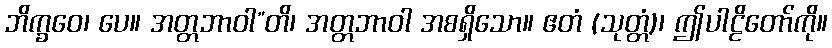
ဘိက္ခဝေ၊ ပေ။ အတ္တဘာဝါ”တိ၊ အတ္တဘာဝါ အစရှိသော။ ဧတံ (သုတ္တံ)၊ ဤပါဠိတော်ကို။